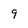
Character: 9